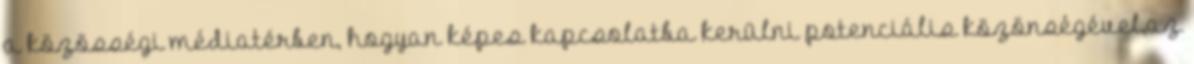
a közösségi médiatérben, hogyan képes kapcsolatba kerülni potenciális közönségével,az